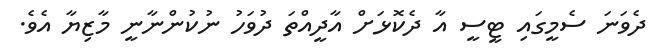
ދެވަނަ ސެމީގައި ޓީސީ އާ ދެކޮޅަށް އާދީއްތަ ދުވަހު ނުކުންނާނީ މާޒިޔާ އެވެ.